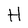
Character: H